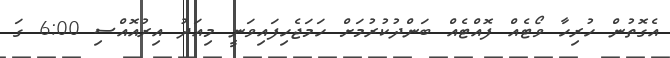
އެގޮތުން ހުރިހާ ވޯޓެއް ފޮއްޓެއް ބަންދުކުރުމަށް ހަމަޖެހިފައިވަނީ މިއަދު އިރުއޮއްސި 6:00 ގަ